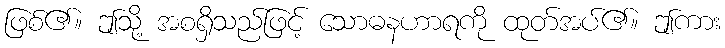
ဖြစ်၏။ ဤသို့ အစရှိသည်ဖြင့် သောဓနဟာရကို ထုတ်အပ်၏။ ဤကား